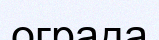
ограда